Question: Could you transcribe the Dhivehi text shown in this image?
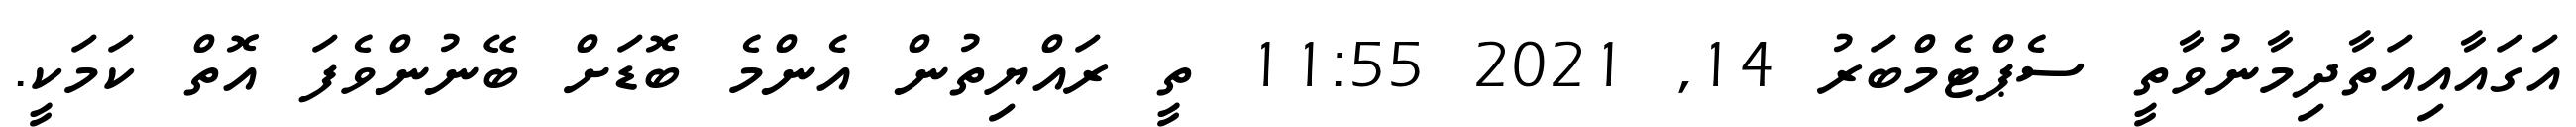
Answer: އަގައާއިއަތާދިމާނުވާތީ ސެޕްޓެމްބަރު 14, 2021 11:55 ތީ ރައްޔިތުން އެންމެ ބޮޑަށް ބޭނުންވެފަ އޮތް ކަމަކީ.